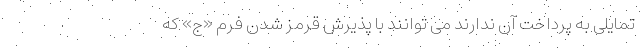
تمایلی به پرداخت آن ندارند می توانند با پذیرش قرمز شدن فرم «ج» که